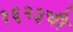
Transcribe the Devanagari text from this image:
१६२३ची